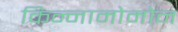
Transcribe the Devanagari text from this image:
किन्नामोमोन